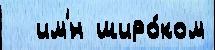
  им'́н широ́ком